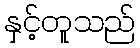
နှင့်တူသည်